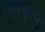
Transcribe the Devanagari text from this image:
इयूस्क्एरा